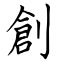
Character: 創